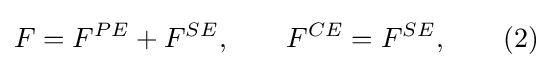
F=F^{PE}+F^{SE},\qquad F^{CE}=F^{SE},\qquad (2)